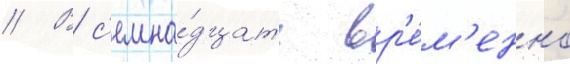
// В с'емна́дцать вр'е́м'енно